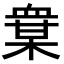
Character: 𧗅